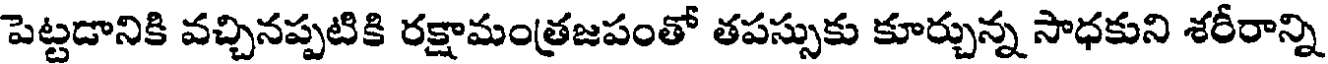
పెట్టడానికి వచ్చినప్పటికి రక్షామంత్రజపంతో తపస్సుకు కూర్చున్న సాధకుని శరీరాన్ని